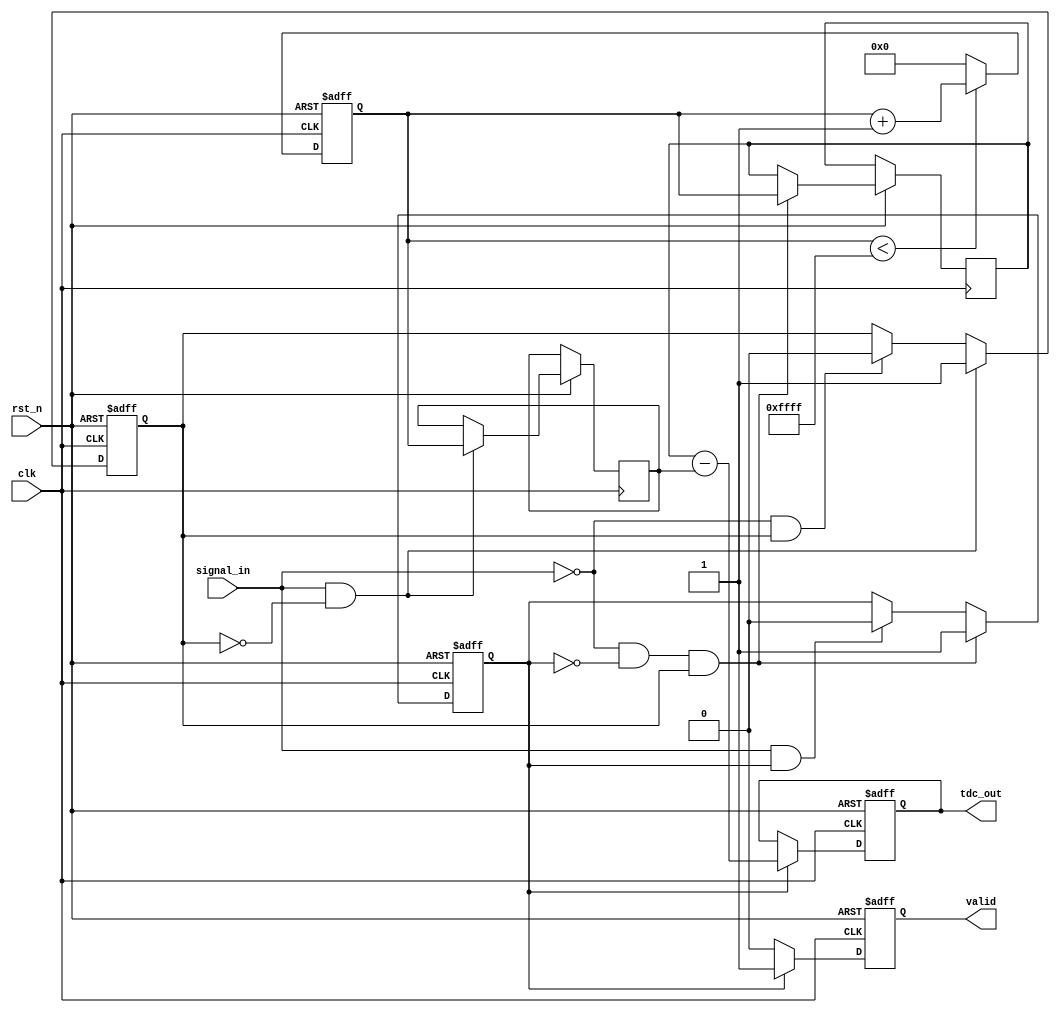
module TDC (
    input wire clk,              // High-frequency clock
    input wire rst_n,            // Active low reset
    input wire signal_in,        // Input signal to be measured
    output reg [15:0] tdc_out,   // Digital output of the TDC
    output reg valid             // Output valid signal
);

    // Parameters for timing
    parameter CLOCK_FREQ = 100;  // Clock frequency in MHz
    parameter MAX_COUNT = 16'hFFFF; // Maximum counter value

    // Internal signals
    reg [15:0] counter;          // Time counter
    reg start_event;             // Start event flag
    reg stop_event;              // Stop event flag
    reg [15:0] start_time;       // Start time capture
    reg [15:0] stop_time;        // Stop time capture

    // Clock Generation (Ring Oscillator Simulation)
    // In practice, this would be a separate module
    // Here we assume clk is provided externally

    // Edge detection for start and stop events
    always @(posedge clk or negedge rst_n) begin
        if (!rst_n) begin
            start_event <= 0;
            stop_event <= 0;
        end else begin
            // Detect rising edge for start event
            if (signal_in && !start_event) begin
                start_event <= 1;
                start_time <= counter; // Capture start time
            end else if (!signal_in && start_event) begin
                start_event <= 0;
            end
            
            // Detect falling edge for stop event
            if (!signal_in && !stop_event && start_event) begin
                stop_event <= 1;
                stop_time <= counter; // Capture stop time
            end else if (signal_in && stop_event) begin
                stop_event <= 0;
            end
        end
    end

    // Time Counter
    always @(posedge clk or negedge rst_n) begin
        if (!rst_n) begin
            counter <= 0;
            tdc_out <= 0;
            valid <= 0;
        end else begin
            if (counter < MAX_COUNT) begin
                counter <= counter + 1;
            end else begin
                counter <= 0; // Reset counter if max count reached
            end

            // Calculate the time interval when stop event occurs
            if (stop_event) begin
                tdc_out <= stop_time - start_time; // Measure time interval
                valid <= 1; // Indicate valid output
            end else begin
                valid <= 0; // No valid output
            end
        end
    end

endmodule